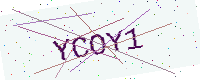
Text: YCOY1